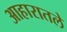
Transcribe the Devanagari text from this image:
आहारातले